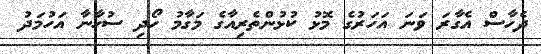
ދެހާސް އެގާރަ ވަނަ އަހަރުގެ މޮޅު ކުޅުންތެރިއާގެ މަގާމު ހޯދި ސުހާނާ އަހުމަދު